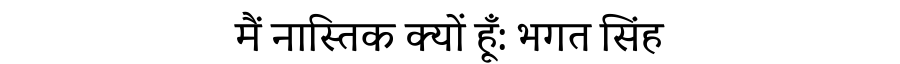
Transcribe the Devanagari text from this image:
मैं नास्तिक क्यों हूँ: भगत सिंह